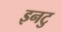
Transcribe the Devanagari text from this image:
इनटु